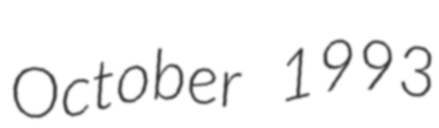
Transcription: October 1993